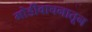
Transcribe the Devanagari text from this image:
मोडीवाचनातून